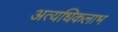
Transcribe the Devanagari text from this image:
अत्यधिकलाभ